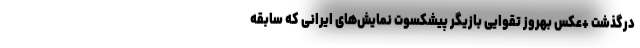
درگذشت +عکس بهروز تقوایی بازیگر پیشکسوت نمایش‌های ایرانی که سابقه